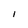
Character: l